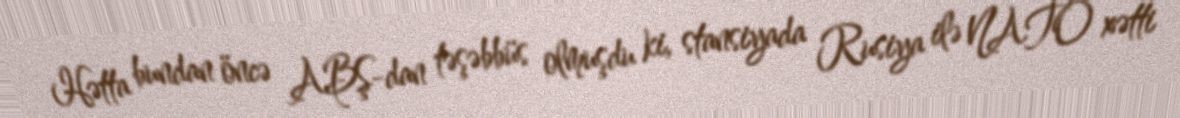
Hətta bundan öncə ABŞ-dan təşəbbüs olmuşdu ki, stansiyada Rusiya ilə NATO xətti